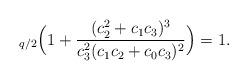
LaTeX: \begin{align*}_{q/2}\Bigl(1+\frac{(c_2^2+c_1c_3)^3}{c_3^2(c_1c_2+c_0c_3)^2}\Bigr)=1.\end{align*}